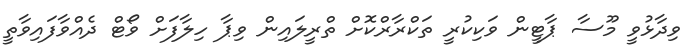
ވިދާޅުވީ މޫސާ ޕާޓީން ވަކިކުރީ ތަކްރާރްކޮށް ތްރީލައިން ވިޕާ ހިލާފަށް ވޯޓް ދެއްވާފައިވާތީ